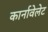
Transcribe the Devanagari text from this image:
कार्नावेलेट